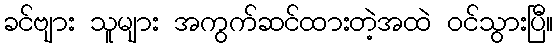
ခင်ဗျား သူများ အကွက်ဆင်ထားတဲ့အထဲ ဝင်သွားပြီ။